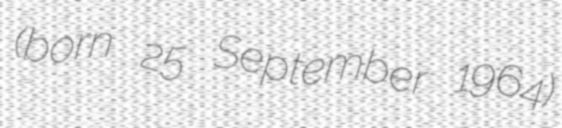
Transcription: (born 25 September 1964)